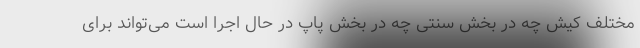
مختلف کیش چه در بخش سنتی چه در بخش پاپ در حال اجرا است می‌تواند برای